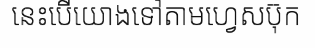
នេះបើយោងទៅតាមហ្វេសប៊ុក